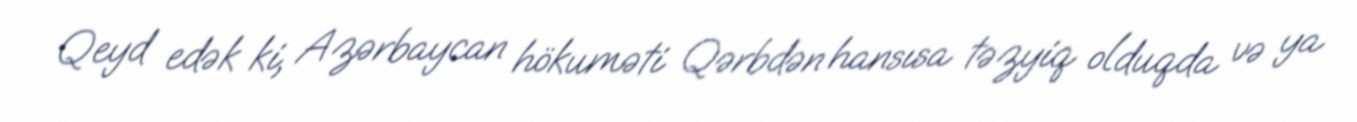
Qeyd edək ki, Azərbaycan hökuməti Qərbdən hansısa təzyiq olduqda və ya